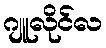
ဂျူလိုင်လ